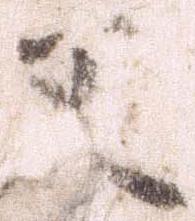
父